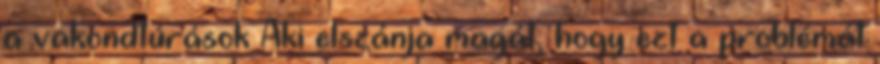
a vakondtúrások Aki elszánja magát, hogy ezt a problémát